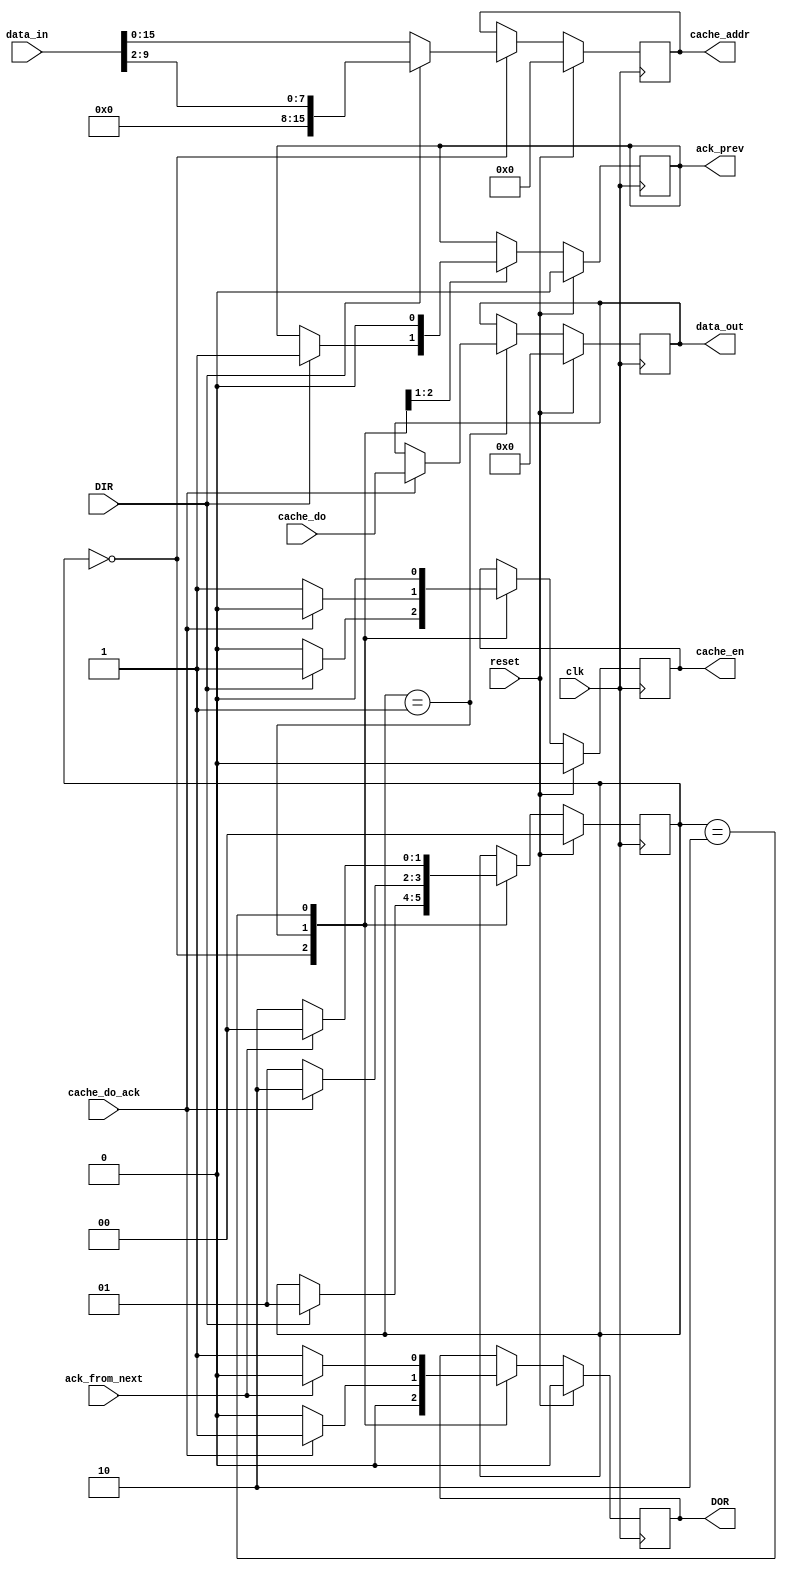
module instruction_fetch(
	input clk,
	input reset,
	output DOR,
	input DIR,
	input ack_from_next,
	output ack_prev,
	input [31:0] data_in,
	output [31:0] data_out, 

	output cache_en, 
	output [15:0] cache_addr, 
	input [31:0] cache_do, 
	input cache_do_ack
);

parameter IDLE = 2'd0;
parameter WAITING_ACK_FROM_I_CACHE = 2'd1;
parameter WAITING_ACK_FROM_NEXT_STAGE = 2'd2;

reg [1:0] state = IDLE;
reg [31:0] data_out_reg = 32'd0;
reg DOR_reg = 0;
reg ack_prev_reg = 0;
reg [31:0] data_in_buffer;
reg [15:0] cache_addr_reg = 16'd0;
reg cache_en_reg = 0;
reg [31:0] data_in_cached = 32'd0;


assign data_out = data_out_reg;
assign DOR = DOR_reg;
assign ack_prev = ack_prev_reg;
assign cache_addr = cache_addr_reg;
assign cache_en = cache_en_reg;

always @(posedge clk)
begin
	if (reset)
	begin
		state <= IDLE;
		data_out_reg <= 0;
		DOR_reg <= 0;
		ack_prev_reg <= 0;
		cache_addr_reg <= 16'd0;
		cache_en_reg <= 0;
		data_in_cached <= 32'd0;
	end
	else
	begin
		case (state)

		IDLE:
		begin
			if (DIR)
			begin
				$display("Fetching opcode @ PC = %02X", data_in);
				state <= WAITING_ACK_FROM_I_CACHE;
				ack_prev_reg <= 1;
				cache_en_reg <= 1;
				DOR_reg <= 0;
				data_in_cached <= data_in;
				cache_addr_reg <= { 2'd0, data_in[9:2] };
			end
			else
			begin
				cache_en_reg <= 0;
				DOR_reg <= 0;
				cache_addr_reg <= data_in;
			end
		end

		WAITING_ACK_FROM_I_CACHE:
		begin
			if (cache_do_ack)
			begin
				$display("instruction fetcher fetched 0x%02X from PC = 0x%02X", cache_do, data_in_cached);
				data_out_reg <= cache_do;
				DOR_reg <= 1;
				cache_en_reg <= 0;
				state <= WAITING_ACK_FROM_NEXT_STAGE;
			end
			else
			begin
				state <= WAITING_ACK_FROM_I_CACHE;
				DOR_reg <= 0;
				cache_en_reg <= 1;
			end
			ack_prev_reg <= 0;
		end

		WAITING_ACK_FROM_NEXT_STAGE:
		begin
			if (ack_from_next)
			begin
				$display("instruction_fetcher got ACK from next stage");
				DOR_reg <= 0;
				cache_en_reg <= 0;
				state <= IDLE;
			end
			else
			begin
				DOR_reg <= 1;
				cache_en_reg <= 0;
				state <= WAITING_ACK_FROM_NEXT_STAGE;
			end
		end

		endcase
	end
end

endmodule